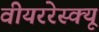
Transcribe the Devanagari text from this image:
वीयररेस्क्यू